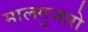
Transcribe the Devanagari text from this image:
मालगुजारो